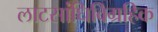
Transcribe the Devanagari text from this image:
लाटसांधिविग्रहिक